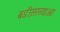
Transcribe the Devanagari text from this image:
बडी़संख्याओं